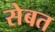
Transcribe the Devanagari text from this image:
सेबत